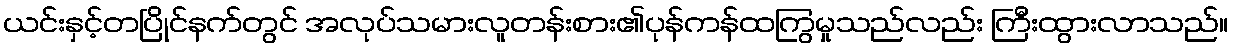
ယင်းနှင့်တပြိုင်နက်တွင် အလုပ်သမားလူတန်းစား၏ပုန်ကန်ထကြွမှုသည်လည်း ကြီးထွားလာသည်။